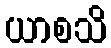
ယာစသိ